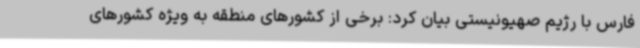
فارس با رژیم صهیونیستی بیان کرد: برخی از کشورهای منطقه به ویژه کشورهای